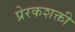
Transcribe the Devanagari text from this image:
प्रेरकशक्ती